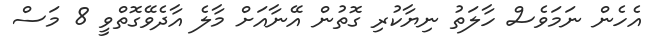
އެހެން ނަމަވެސް ހާލަތު ނިޔާކުރި ގޮތުން އޭނާއަށް މާލެ އާދެވޭގޮތްވީ 8 މަސް